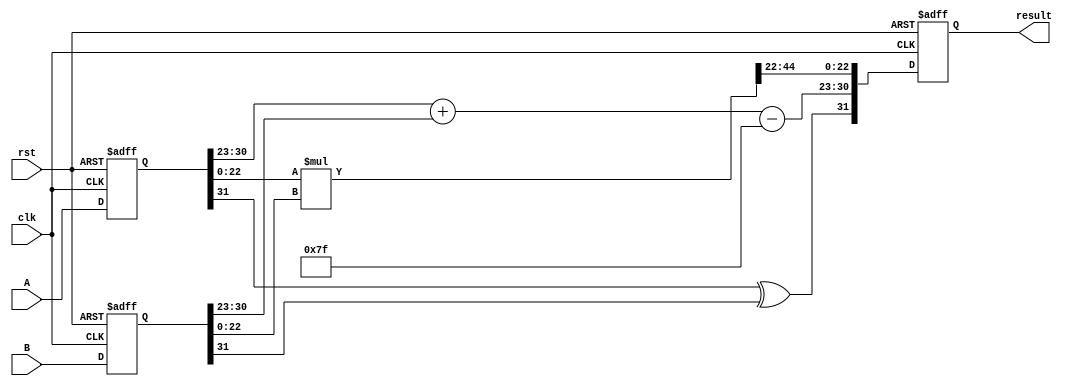
module pipelined_fp_multiplier (
    input clk,
    input rst,
    input [31:0] A, // Input floating-point number A
    input [31:0] B, // Input floating-point number B
    output reg [31:0] result // Output floating-point result
);

    // IEEE 754 components
    wire sign_A, sign_B, sign_result;
    wire [7:0] exp_A, exp_B, exp_result;
    wire [22:0] mant_A, mant_B, mant_result;
    wire [47:0] mant_mult; // 24-bit * 24-bit = 48-bit
    wire [8:0] exp_sum; // To hold exponent sum with bias adjustment
    reg [31:0] stage1_A, stage1_B;
    reg [1:0] state; // FSM state

    // Constants
    localparam BIAS = 8'd127;

    // Stage 1: Input Register
    always @(posedge clk or posedge rst) begin
        if (rst) begin
            stage1_A <= 32'b0;
            stage1_B <= 32'b0;
        end else begin
            stage1_A <= A;
            stage1_B <= B;
        end
    end

    // Stage 2: Decomposition
    wire [31:0] stage2_A = stage1_A;
    wire [31:0] stage2_B = stage1_B;

    assign sign_A = stage2_A[31];
    assign sign_B = stage2_B[31];
    assign exp_A = stage2_A[30:23];
    assign exp_B = stage2_B[30:23];
    assign mant_A = {1'b1, stage2_A[22:0]}; // Implicit leading 1
    assign mant_B = {1'b1, stage2_B[22:0]}; // Implicit leading 1

    assign sign_result = sign_A ^ sign_B; // XOR for sign

    // Stage 3: Mantissa Multiplication
    assign mant_mult = mant_A * mant_B;

    // Stage 4: Exponent Calculation
    assign exp_sum = exp_A + exp_B - BIAS;

    // Stage 5: Normalization
    reg [23:0] mantissa_normalized;
    reg [8:0] exp_normalized;
    always @(*) begin
        if (mant_mult[47]) begin
            mantissa_normalized = mant_mult[46:23]; // Shift right
            exp_normalized = exp_sum + 1; // Increase exponent
        end else begin
            mantissa_normalized = mant_mult[45:22]; // Keep as is
            exp_normalized = exp_sum; // Keep exponent
        end
    end

    // Stage 6: Output Register
    always @(posedge clk or posedge rst) begin
        if (rst) begin
            result <= 32'b0;
        end else begin
            result <= {sign_result, exp_normalized[7:0], mantissa_normalized[22:0]};
        end
    end

endmodule